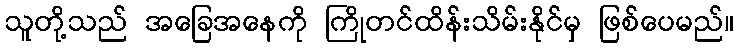
သူတို့သည် အခြေအနေကို ကြိုတင်ထိန်းသိမ်းနိုင်မှ ဖြစ်ပေမည်။